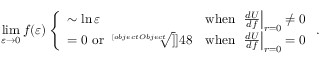
\operatorname * { l i m } _ { \varepsilon \rightarrow 0 } f ( \varepsilon ) \left\{ \begin{array} { l l } { { \sim \ln \varepsilon } } & { { \mathrm { w h e n ~ } \left. \frac { d U } { d f } \right| _ { r = 0 } \ne 0 } } \\ { { = 0 ~ \mathrm { o r } ~ \sqrt [ [object Object] ] ] { 4 8 } } } & { { \mathrm { w h e n ~ } \left. \frac { d U } { d f } \right| _ { r = 0 } = 0 } } \end{array} \right. .